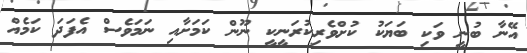
އޭނާ ބުނީ ވަކި ބަޔަކު ކުށްވެރިކުރަނީކީ ނޫން ކަމަށާއި ނަމަވެސް އެފަދަ ކަމެއް